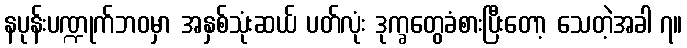
နပုန်းပဏ္ဍုက်ဘဝမှာ အနှစ်သုံးဆယ် ပတ်လုံး ဒုက္ခတွေခံစားပြီးတော့ သေတဲ့အခါ ၇။